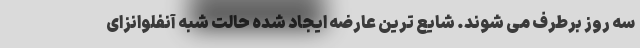
سه روز برطرف می شوند. شایع ترین عارضه ایجاد شده حالت شبه آنفلوانزای